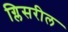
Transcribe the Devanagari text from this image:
ग्लिसरील